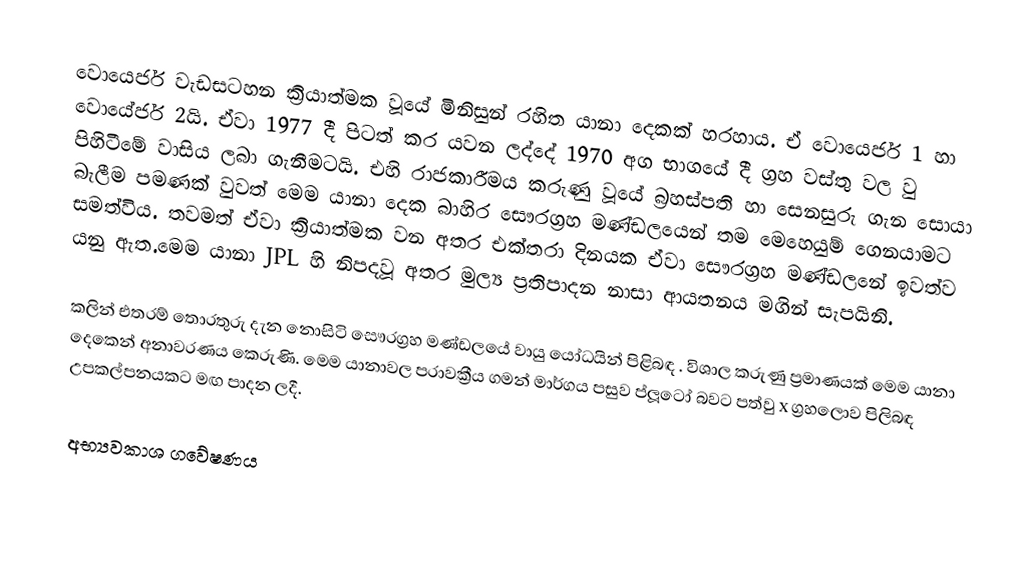
වොයෙජර් වැඩසටහන ක්‍රියාත්මක වූයේ මිනිසුන් රහිත යානා දෙකක් හරහාය. ඒ වොයෙජර් 1 හා වොයේජර් 2යි. ඒවා 1977 දී පිටත් කර යවන ලද්දේ 1970 අග භාගයේ දී ග්‍රහ වස්තු වල වු පිහිටීමේ වාසිය ලබා ගැනීමටයි.  එහි රාජකාරීමය කරුණු වූයේ බ්‍රහස්පති හා සෙනසුරු ගැන සොයා බැලීම පමණක් වුවත් මෙම යානා දෙක බාහිර සෞරග්‍රහ මණ්ඩලයෙන්  තම මෙහෙයුම් ගෙනයාමට සමත්විය. තවමත් ඒවා ක්‍රියාත්මක වන අතර එක්තරා දිනයක ඒවා සෞරග්‍රහ මණ්ඩල‍නේ ඉවත්ව යනු ඇත.මෙම යානා JPL හි නිපදවූ අතර මුල්‍ය ප්‍රතිපාදන  නාසා ආයතනය මගින් සැපයිනි.

කලින් එතරම් තොරතුරු දැන නොසිටි  සෞරග්‍රහ මණ්ඩලයේ වායු යෝධයින් පිළිබඳ . විශාල කරුණු ප්‍රමාණයක් මෙම යානා දෙකෙන් අනාවරණය කෙරුණි. මෙම යානාවල පරාවක්‍රීය ගමන් මාර්ගය  පසුව ප්ලූටෝ බවට පත්වු  x ග්‍රහලොව පිලිබඳ උපකල්පනයකට මඟ පාදන ලදී.

අභ්‍යවකාශ ගවේෂණය